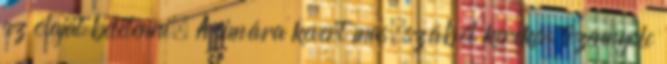
az olajat beletenni. A simára kevert mas�szából kereken tizennyolc